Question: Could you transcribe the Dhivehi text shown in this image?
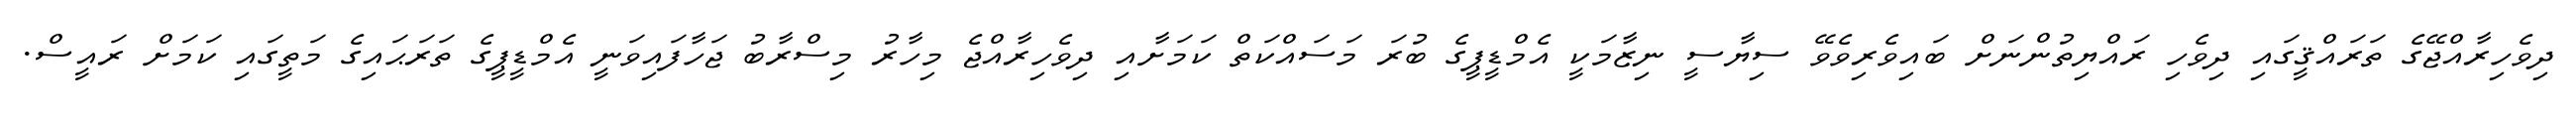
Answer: ދިވެހިރާއްޖޭގެ ތަރައްޤީގައި ދިވެހި ރައްޔިތުންނަށް ބައިވެރިވެވޭ ސިޔާސީ ނިޒާމަކީ އެމްޑީޕީގެ ބުރަ މަސައްކަތް ކަމަށާއި ދިވެހިރާއްޖެ މިހާރު މިސްރާބު ޖަހާފައިވަނީ އެމްޑީޕީގެ ތަރަޙައިގެ މަތީގައި ކަމަށް ރައީސް.